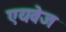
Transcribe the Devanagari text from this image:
एयवेज